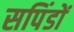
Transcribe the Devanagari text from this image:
सपिंडों